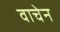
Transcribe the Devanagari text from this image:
वाचेन